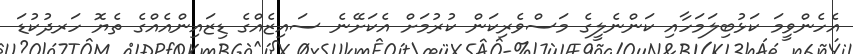
އެހެންވީމަ ކަޅުބިލަމަހާއި ކަންނެލީގެ މަސްވެރިކަން ކުރުމަށް އެކަށޭނެ ސައިޒެއްގެ ޑިޒައިންއެއްގެ ތެޔޮ ހަރދުކުޑަ